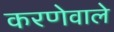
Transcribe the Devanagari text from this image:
करणेवाले